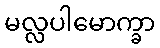
မလ္လပါမောက္ခာ